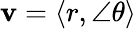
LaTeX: \mathbf{v}=\langle r,\angle\theta\rangle